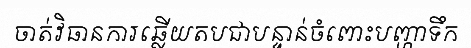
ចាត់វិធានការឆ្លើយតបជាបន្ទាន់ចំពោះបញ្ហាទឹក